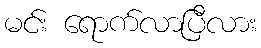
မင်း ရောက်လာပြီလား